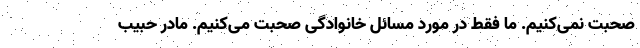
صحبت نمی‌کنیم. ما فقط در مورد مسائل خانوادگی صحبت می‌کنیم. مادر حبیب